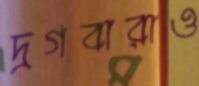
দ্রগবারাও